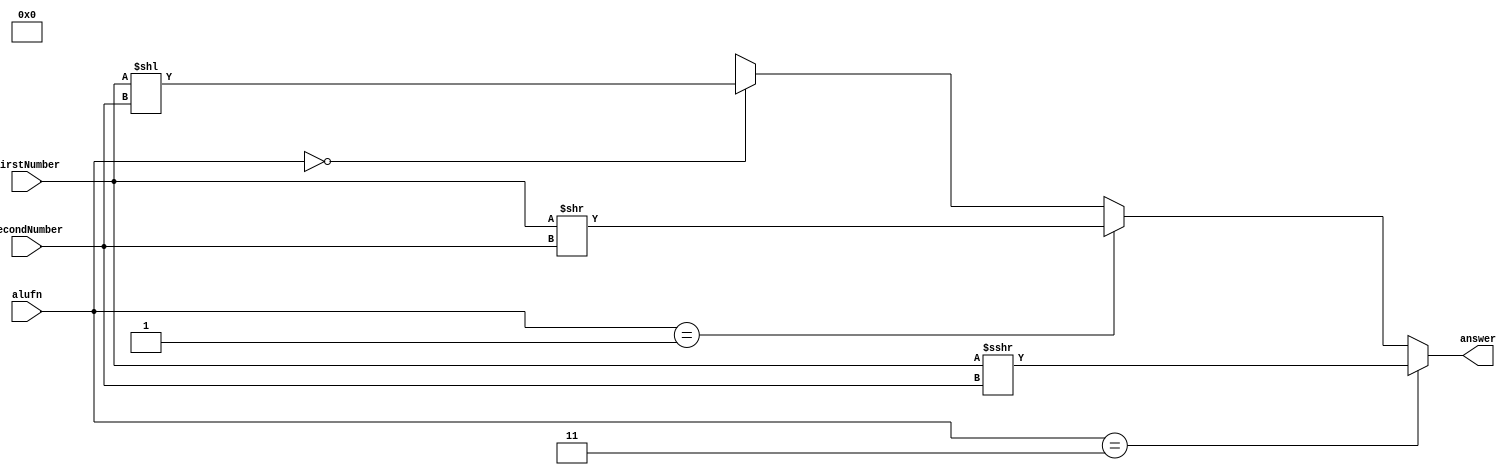
module shft_9 (
    input [15:0] firstNumber,
    input [3:0] secondNumber,
    input [1:0] alufn,
    output reg [15:0] answer
  );
  
  
  
  always @* begin
    answer = 4'bxxxx;
    if (alufn == 2'h0) begin
      answer = firstNumber << (secondNumber);
    end
    if (alufn == 2'h1) begin
      answer = firstNumber >> (secondNumber);
    end
    if (alufn == 2'h3) begin
      answer = $signed(firstNumber) >>> (secondNumber);
    end
  end
endmodule